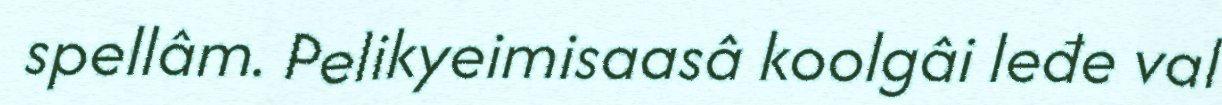
spellâm. Pelikyeimisaasâ koolgâi leđe val